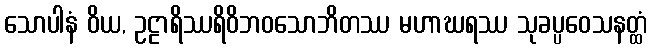
သောပါနံ ဝိယ, ဥဠာရိဿရိဝိဘဝသောဘိတဿ မဟာဃရဿ သုခပ္ပဝေသနတ္ထံ